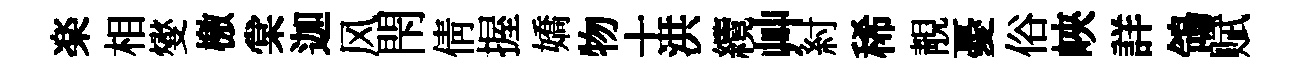
楽相燮檄棠迦风閇倩握嬌物士洪纜艸紂稀靚憂俗峽詳鴒赋